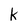
Character: k